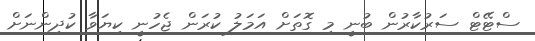
ސްޓޭޓް ސަރުކާރުން ބުނީ މި ގޮތަށް އަމަލު ކުރަން ޖެހުނީ ކިޔަވާ ކުދިންނަށް